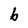
Character: b